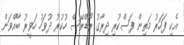
އެކި ފަހަރު މަތިން ފަސްކުރި ދިރާގު ރޯޑްރޭސް ހުކުރު ދުވަހު ހަވީރު ބާއްވަން